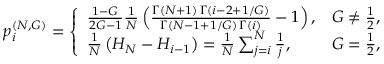
p _ { i } ^ { ( N , G ) } = \left\{ \begin{array} { l l } { \frac { 1 - G } { 2 G - 1 } \frac { 1 } { N } \left( \frac { \Gamma ( N + 1 ) \, \Gamma ( i - 2 + 1 / G ) } { \Gamma ( N - 1 + 1 / G ) \, \Gamma ( i ) } - 1 \right) , } & { G \neq \frac { 1 } { 2 } , } \\ { \frac { 1 } { N } \left( H _ { N } - H _ { i - 1 } \right) = \frac { 1 } { N } \sum _ { j = i } ^ { N } \frac { 1 } { j } , } & { G = \frac { 1 } { 2 } , } \end{array} \right.